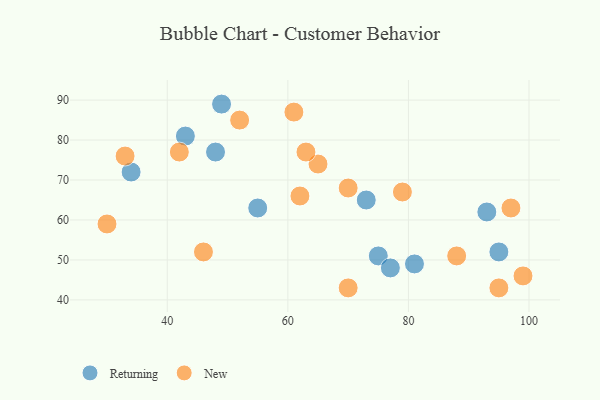
{"axis": {"x": "GDP", "y": "Life Expectancy"}, "legend": ["New", "Returning"], "data": [{"x": "93", "y": 62, "type": "Returning"}, {"x": "81", "y": 49, "type": "Returning"}, {"x": "75", "y": 51, "type": "Returning"}, {"x": "34", "y": 72, "type": "Returning"}, {"x": "73", "y": 65, "type": "Returning"}, {"x": "77", "y": 48, "type": "Returning"}, {"x": "95", "y": 52, "type": "Returning"}, {"x": "48", "y": 77, "type": "Returning"}, {"x": "43", "y": 81, "type": "Returning"}, {"x": "49", "y": 89, "type": "Returning"}, {"x": "55", "y": 63, "type": "Returning"}, {"x": "33", "y": 76, "type": "New"}, {"x": "97", "y": 63, "type": "New"}, {"x": "46", "y": 52, "type": "New"}, {"x": "70", "y": 43, "type": "New"}, {"x": "62", "y": 66, "type": "New"}, {"x": "88", "y": 51, "type": "New"}, {"x": "95", "y": 43, "type": "New"}, {"x": "99", "y": 46, "type": "New"}, {"x": "65", "y": 74, "type": "New"}, {"x": "52", "y": 85, "type": "New"}, {"x": "79", "y": 67, "type": "New"}, {"x": "63", "y": 77, "type": "New"}, {"x": "61", "y": 87, "type": "New"}, {"x": "30", "y": 59, "type": "New"}, {"x": "42", "y": 77, "type": "New"}, {"x": "70", "y": 68, "type": "New"}]}